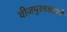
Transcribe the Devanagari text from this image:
वीजपुरवठ्याची